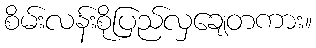
စိမ်းလန်းစိုပြည်လှချေတကား။